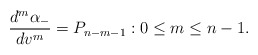
\begin{align*} \frac{d^m\alpha_-}{dv^m}=P_{n-m-1}:0\leq m\leq n-1.\end{align*}